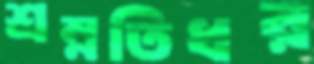
শ্রম্নতিধর